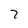
Character: 7